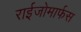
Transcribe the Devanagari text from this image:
राईजोमार्फस